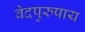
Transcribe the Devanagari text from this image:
वेदपुरुषाय